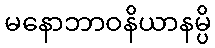
မနောဘာဝနိယာနမ္ပိ